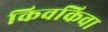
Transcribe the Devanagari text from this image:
किवकिवा